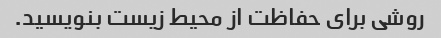
روشی برای حفاظت از محیط زیست بنویسید.